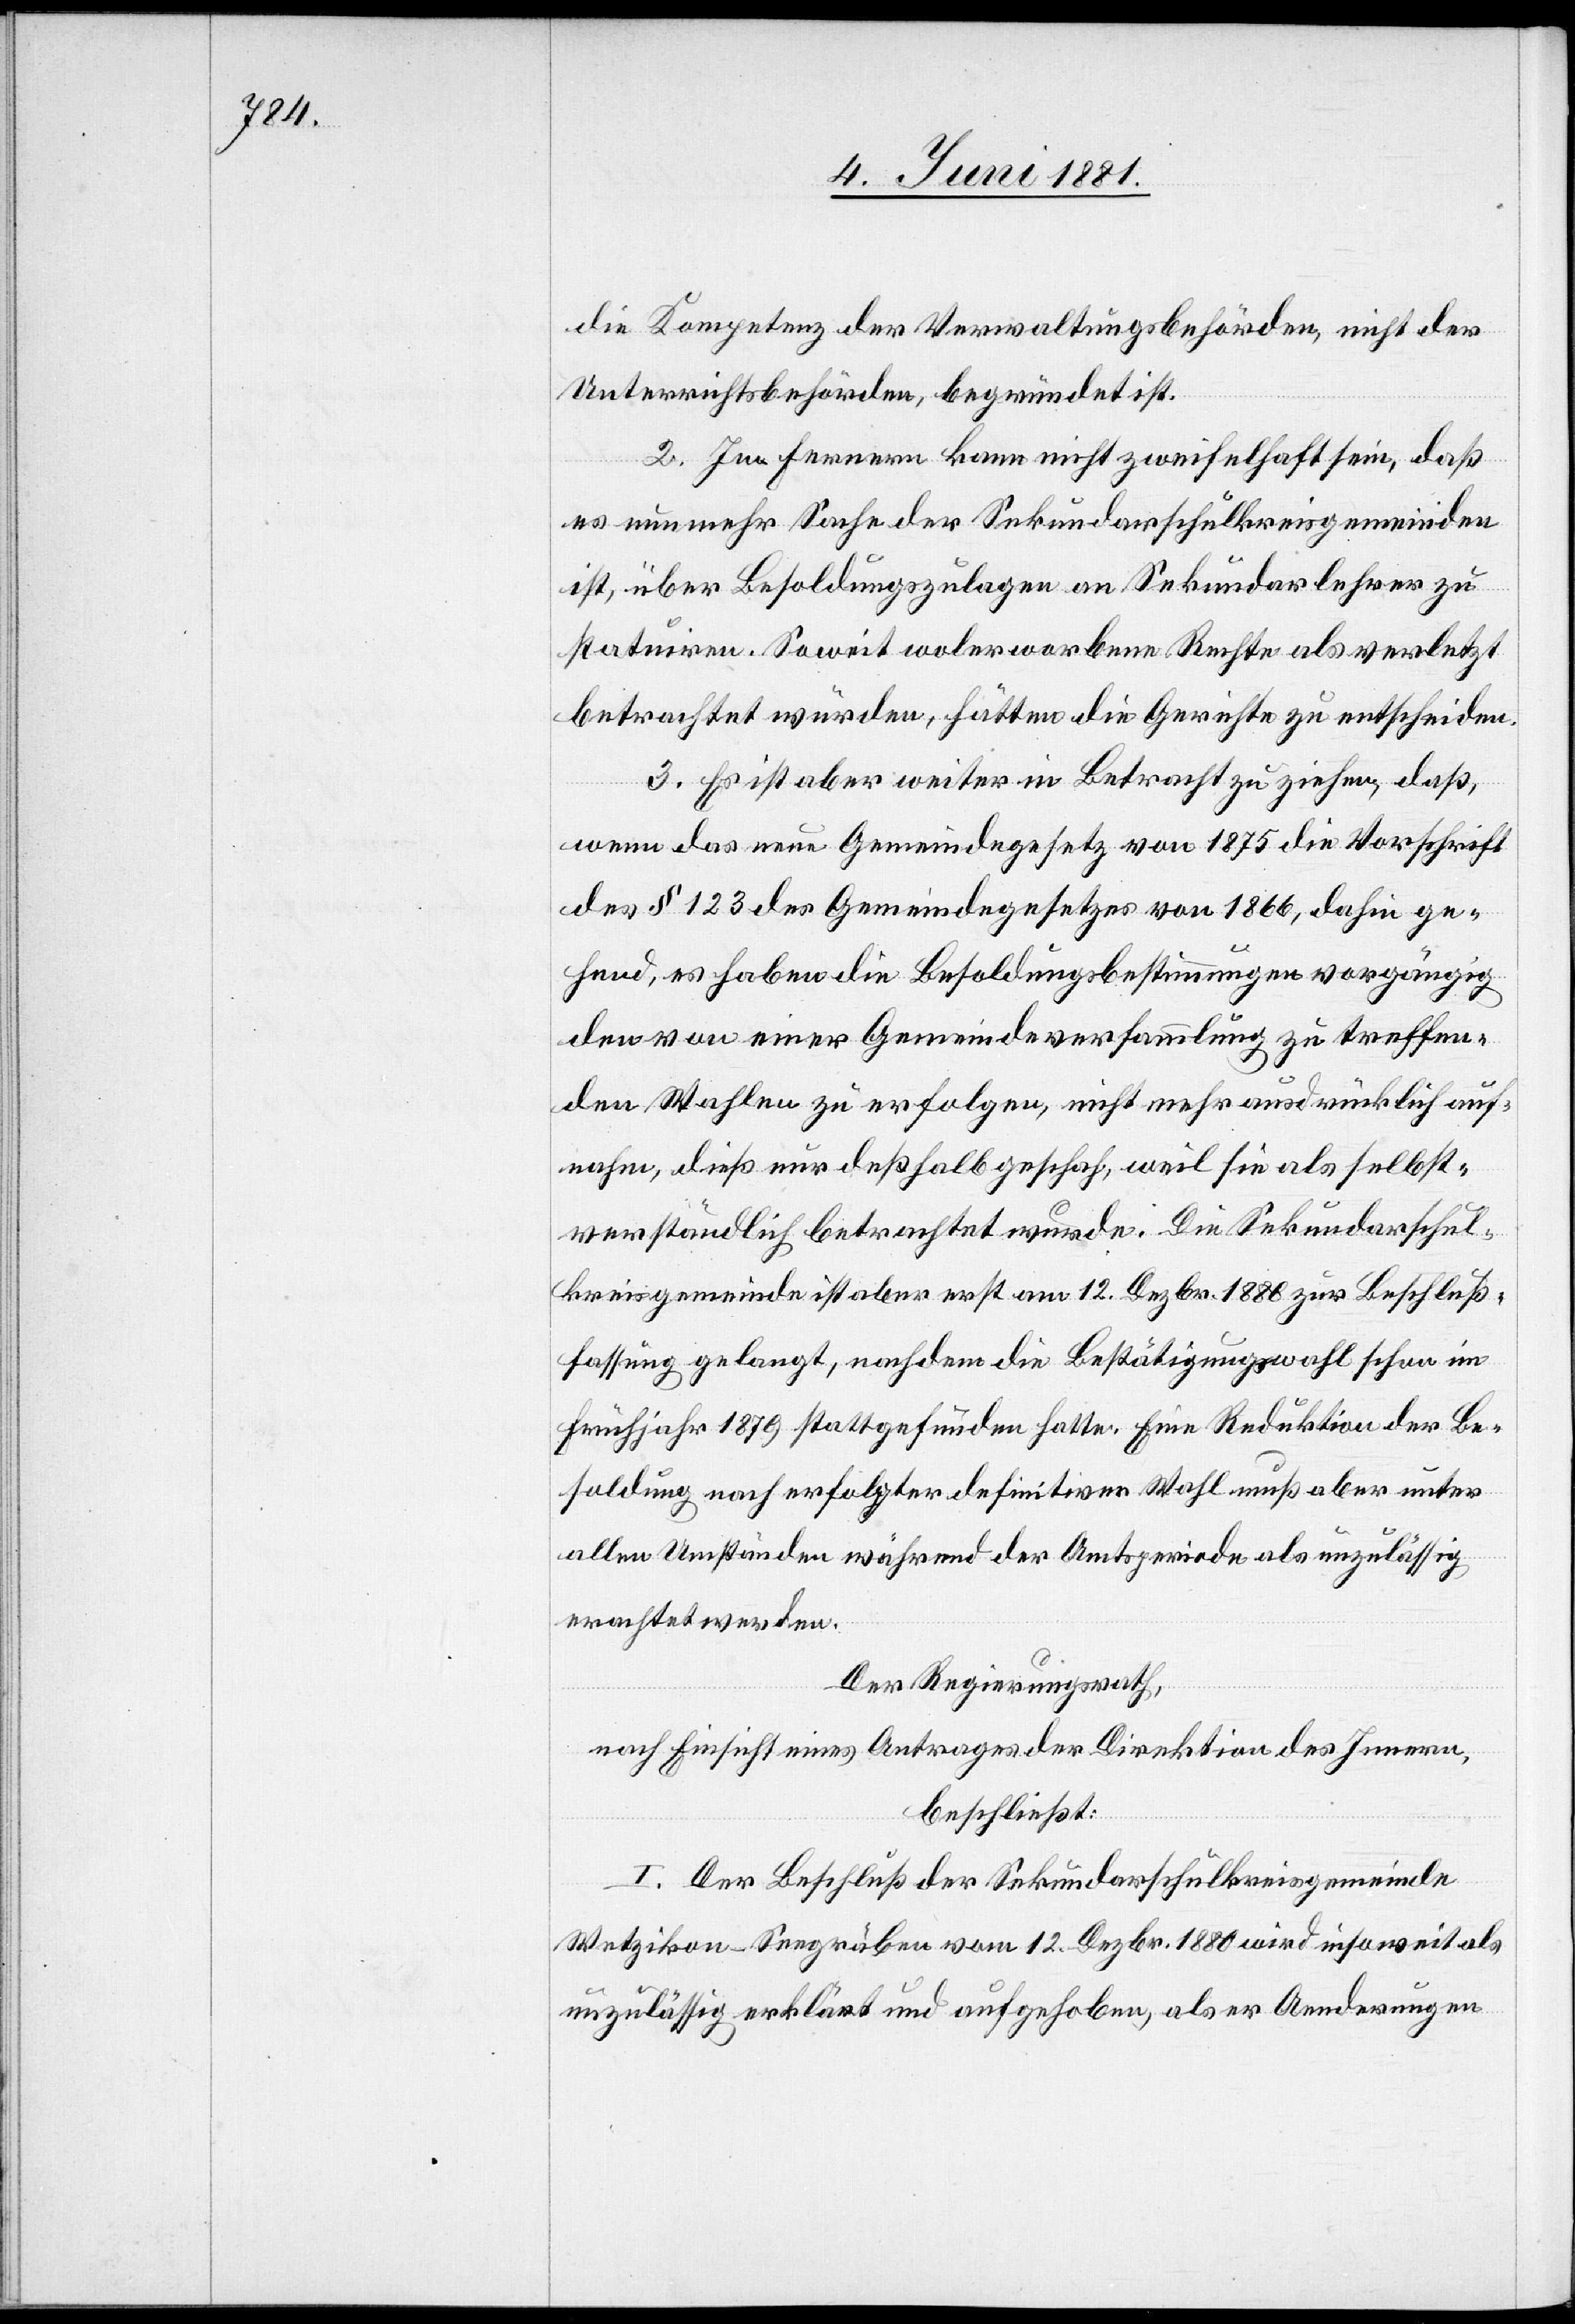
die Kompetenz der Verwaltungsbehörden, nicht der
Unterrichtsbehörden, begründet ist.
2. Im fernern kann nicht zweifelhaft sein, daß
es nunmehr Sache der Sekundarschulkreisgemeinden
ist, über Besoldungszulagen an Sekundarlehrer zu
statuiren. Soweit wolerworbene Rechte als verletzt
betrachtet wurden, hätten die Gerichte zu entscheiden.
3. Es ist aber weiter in Betracht zu ziehen, daß,
wenn das neue Gemeindegesetz von 1875 die Vorschrift
des § 123 des Gemeindegesetzes von 1866, dahin ge¬
hend, es haben die Besoldungsbestimmungen vorgängig
den von einer Gemeindeverssammlung zu treffen¬
den Wahlen zu erfolgen, nicht mehr ausdrücklich auf¬
nahm, dieß nur deßhalb geschah, weil sie als selbst¬
verständlich betrachtet wurde. Die Sekundarschul¬
kreisgemeinde ist aber erst am 12. Dezbr. 1880 zur Beschluß¬
fassung gelangt, nachdem die Bestätigungswahl schon im
Frühjahr 1879 stattgefunden hatte. Eine Reduktion der Be¬
soldung nach erfolgter definitiver Wahl muß aber unter
allen Umständen während der Amtsperiode als unzulässig
erachtet werden.
Der Regierungsrath,
nach Einsicht eines Antrages der Direktion des Innern,
beschließt:
I. Der Beschluß der Sekundarschulkreisgemeinde
Wetzikon-Seegräben vom 12. Dezbr. 1880 wird insoweit als
unzulässig erklärt und aufgehoben, als er Aenderungen